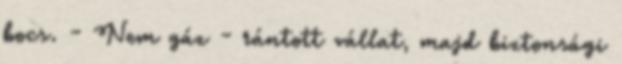
bocs. - Nem gáz - rántott vállat, majd biztonsági